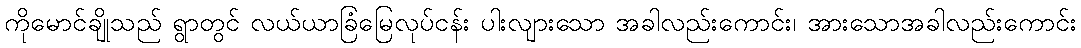
ကိုမောင်ချိုသည် ရွာတွင် လယ်ယာခြံမြေလုပ်ငန်း ပါးလျားသော အခါလည်းကောင်း၊ အားသောအခါလည်းကောင်း